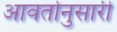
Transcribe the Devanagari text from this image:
आवर्तानुसारी